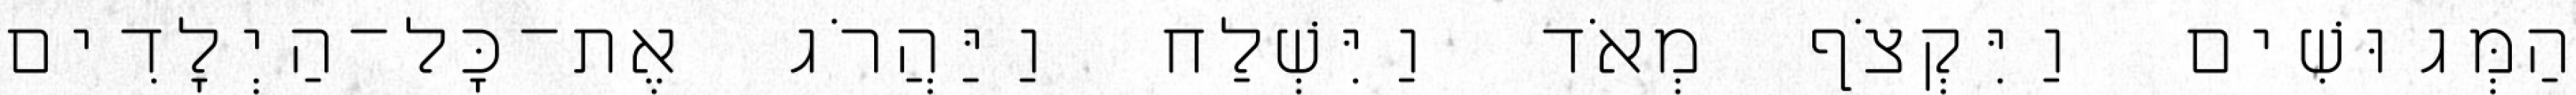
הַמְּגוּשִׁים וַיִּקְצֹף מְאֹד וַיִּשְׁלַח וַיַּהֲרֹג אֶת־כָּל־הַיְלָדִים